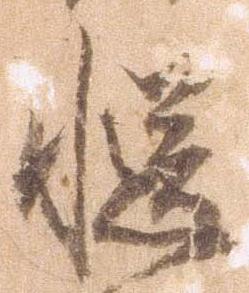
慥